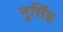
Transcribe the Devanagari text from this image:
नुर्सिंह